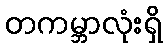
တကမ္ဘာလုံးရှိ